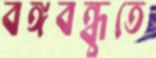
বঙ্গবন্ধুতে